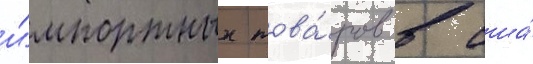
и́мпортных това́ров в сша́